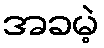
အခမဲ့